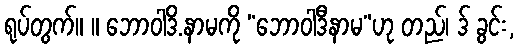
ရုပ်တွက်။ ။ ဘောဝါဒိ.နာမကို “ဘောဝါဒီနာမ”ဟု တည်၊ ဒ် ခွင်း,